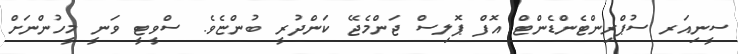
ސީނިއަރ ސުޕްރިންޓެންޑެންޓް އޮފް ޕޮލިސް ޖަންމެޖޭ ކަންދުރީ ބުންޏެވެ. ސްވީޓީ ވަނީ މީހުންނަށް